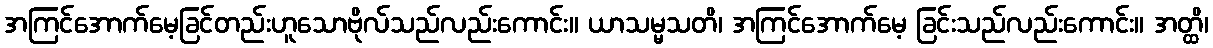
အကြင်အောက်မေ့ခြင်တည်းဟူသောဗိုလ်သည်လည်းကောင်း။ ယာသမ္မသတိ၊ အကြင်အောက်မေ့ ခြင်းသည်လည်းကောင်း။ အတ္ထိ၊